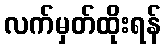
လက်မှတ်ထိုးရန်